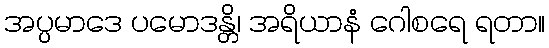
အပ္ပမာဒေ ပမောဒန္တိ၊ အရိယာနံ ဂေါစရေ ရတာ။